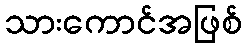
သားကောင်အဖြစ်